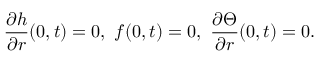
\frac { \partial h } { \partial r } ( 0 , t ) = 0 , \ f ( 0 , t ) = 0 , \ \frac { \partial \Theta } { \partial r } ( 0 , t ) = 0 .